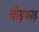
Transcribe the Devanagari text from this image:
चीड़फाड़